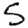
Digit: 5